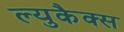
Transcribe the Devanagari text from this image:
ल्युकैक्स